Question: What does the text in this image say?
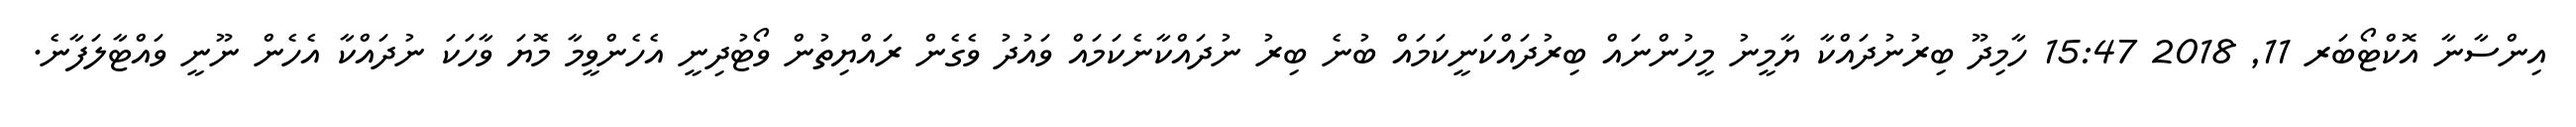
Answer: އިންސާނާ އޮކްޓޯބަރ 11, 2018 15:47 ހާމިދޫ ބިރުނުދައްކާ ޔާމީނު މީހުންނައް ބިރުދައްކަނީކަމައް ބުނެ ބިރު ނުދައްކާނެކަމައް ވައުދު ވެގެން ރައްޔިތުން ވޯޓުދިނީ އެހެންވީމާ މޮޔަ ވާހަކަ ނުދައްކާ އެހެން ނޫނީ ވައްޓާލަފާނެ.